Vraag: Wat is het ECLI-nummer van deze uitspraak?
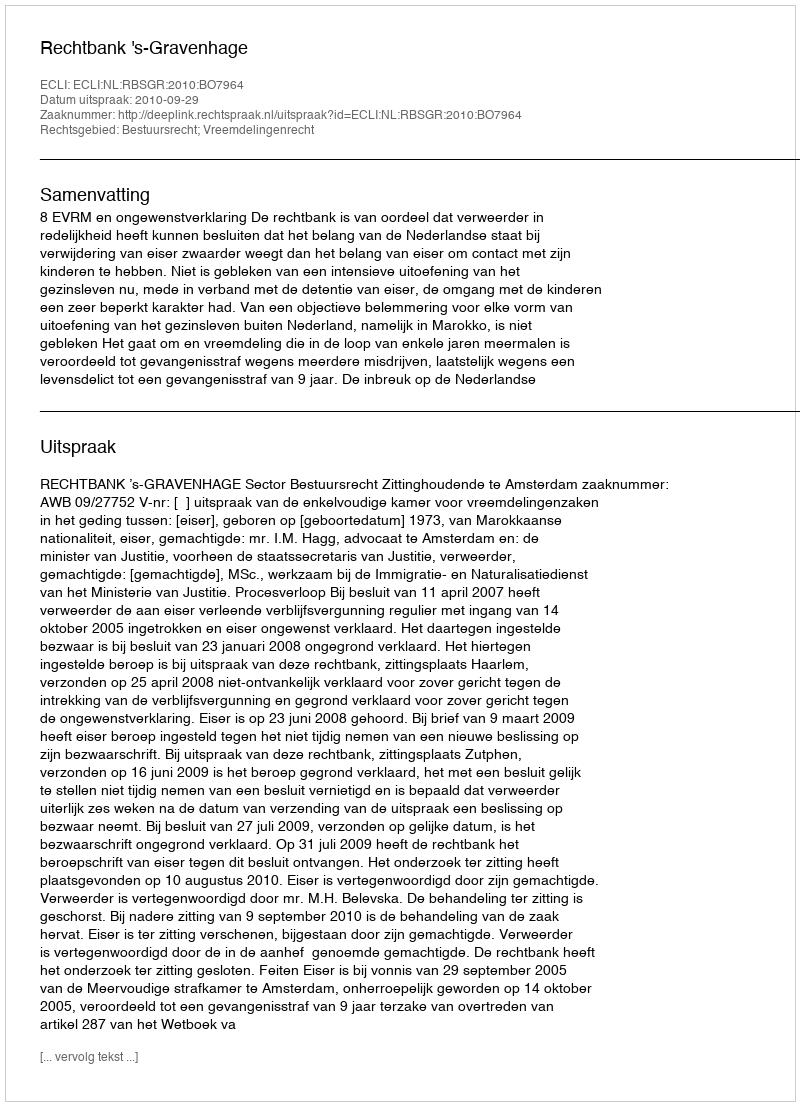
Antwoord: ECLI:NL:RBSGR:2010:BO7964